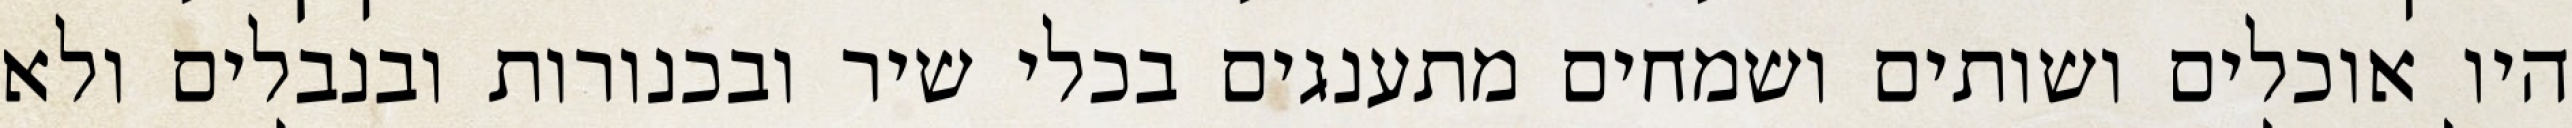
היו אוכלים ושותים ושמחים מתענגים בכלי שיר ובכנורות ובנבלים ולא